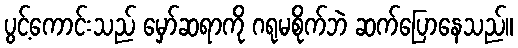
ပွင့်ကောင်းသည် မှော်ဆရာကို ဂရုမစိုက်ဘဲ ဆက်ပြောနေသည်။